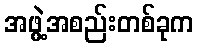
အဖွဲ့အစည်းတစ်ခုက